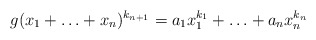
\begin{align*}g(x_1+ \ldots + x_n)^{k_{n+1}} =a_1x_1^{k_1}+ \ldots + a_nx_n^{k_n}\end{align*}